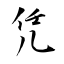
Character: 凭